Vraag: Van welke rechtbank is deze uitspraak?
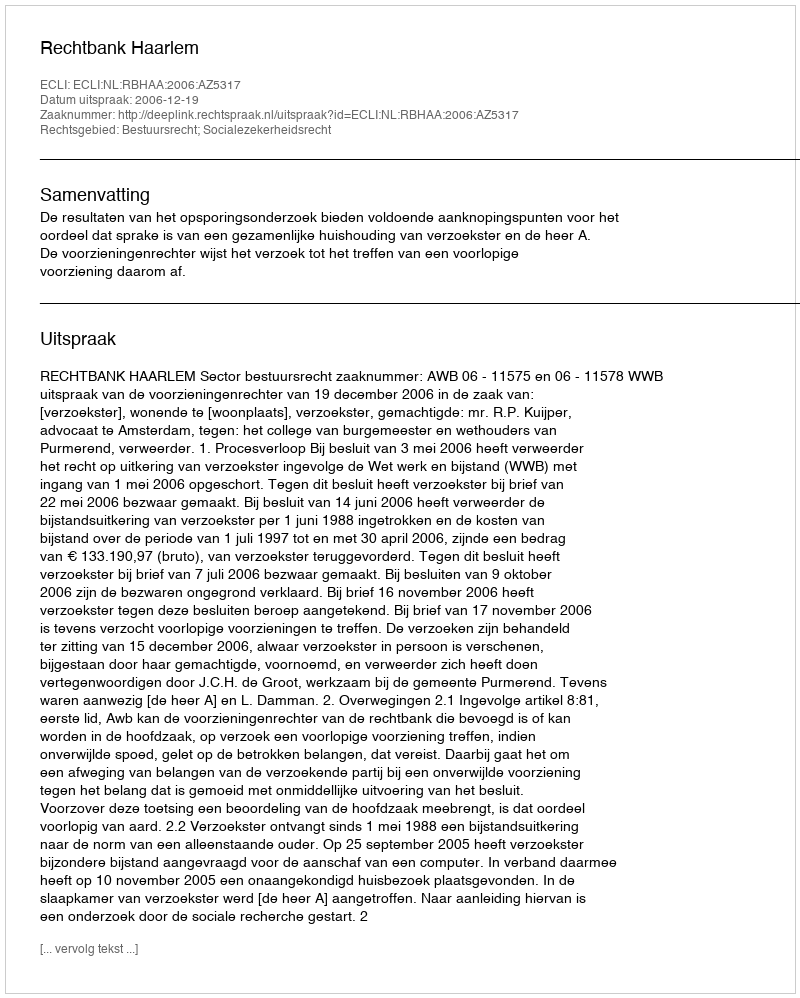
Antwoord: Rechtbank Haarlem